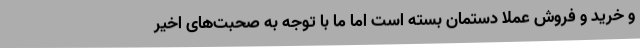
و خرید و فروش عملا دستمان بسته است اما ما با توجه به صحبت‌های اخیر